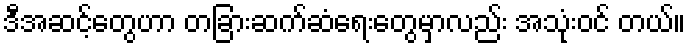
ဒီအဆင့်တွေဟာ တခြားဆက်ဆံရေးတွေမှာလည်း အသုံးဝင် တယ်။